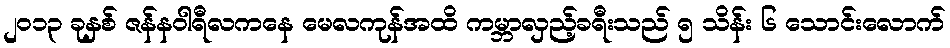
၂၀၁၃ ခုနှစ် ဇန်နဝါရီလကနေ မေလကုန်အထိ ကမ္ဘာလှည့်ခရီးသည် ၅ သိန်း ၆ သောင်းလောက်